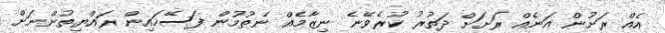
އެއް ރަށުން އަނެއް ރަށަށް ދަތުރު ކުރެވޭނެ ނިޒާމެއް ނެތުމުން ފަސޭހައިން ރައްޔިތުންނަށް